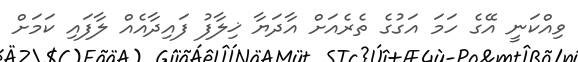
ވިއްކަނީ އޭގެ ހަމަ އަގުގެ ތެރެއަށް އާދަޔާ ޚިލާފު ފައިދާއެއް ލާފައި ކަމަށް